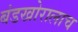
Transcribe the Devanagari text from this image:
बंडखोरालाच